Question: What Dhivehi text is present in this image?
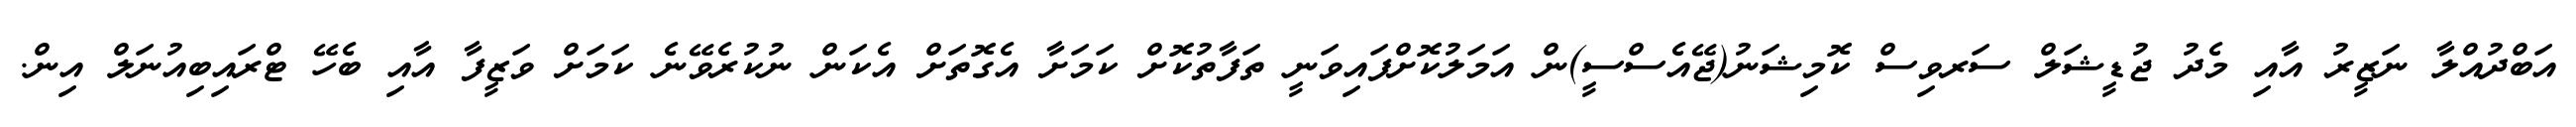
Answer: އަބްދުއްލާ ނަޒީރު އާއި މެދު ޖުޑީޝަލް ސަރވިސް ކޮމިޝަނު(ޖޭއެސްސީ)ން އަމަލުކޮށްފައިވަނީ ތަފާތުކޮށް ކަމަށާ އެގޮތަށް އެކަން ނުކުރެވޭނެ ކަމަށް ވަޒީފާ އާއި ބެހޭ ޓްރައިބިއުނަލް އިން.